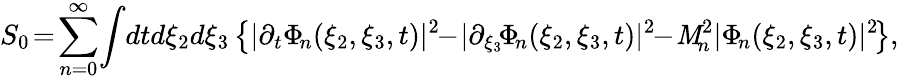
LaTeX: S_{0}\! =\! \sum_{n=0}^{\infty}\! \int\! dtd\xi_{2}d\xi_{3}\left\{ |\partial_{t}\Phi_{\! n}(\xi_{2},\xi_{3},t)|^{2}\! \! -\! |\partial_{\xi_{3}}\! \Phi_{\! n}(\xi_{2},\xi_{3},t)|^{2}\! \! -\! \mathit{M}_{\! n}^{2}|\Phi_{\! n}(\xi_{2},\xi_{3},t)|^{2}\! \right\} ,